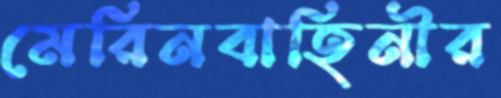
মেরিনবাহিনীর